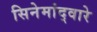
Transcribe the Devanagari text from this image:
सिनेमांद्वारे